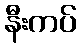
နီးကပ်